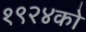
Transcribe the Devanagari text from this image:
१९२४को